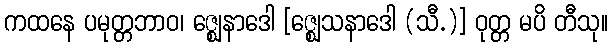
ကထနေ ပမုတ္တဘာဝ၊ ဇ္ဈေနာဒေါ [ဇ္ဈေသနာဒေါ (သီ.)] ဝုတ္တ မပိ တီသု။